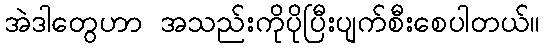
အဲဒါတွေဟာ အသည်းကိုပိုပြီးပျက်စီးစေပါတယ်။